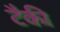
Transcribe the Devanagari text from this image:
टैकी